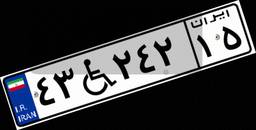
۴۳W۲۴۲۱۵